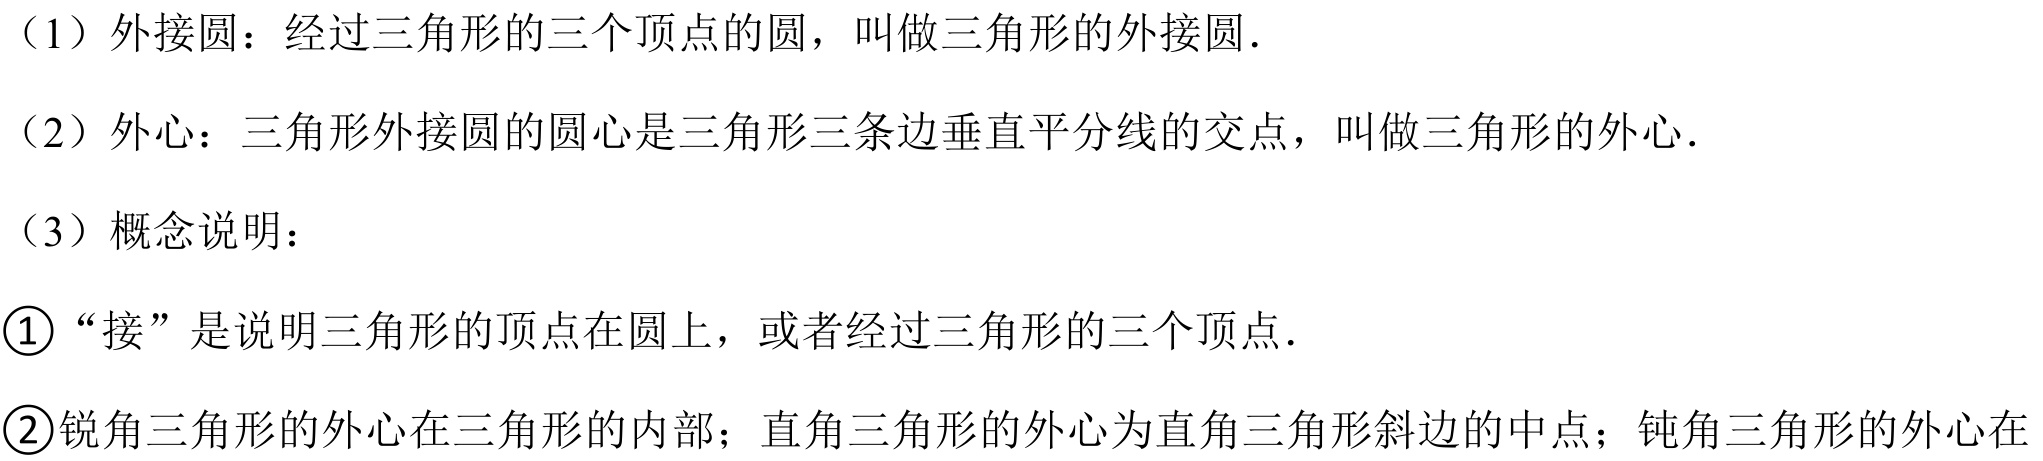
（1）外接圆：经过三角形的三个顶点的圆，叫做三角形的外接圆.
（2）外心：三角形外接圆的圆心是三角形三条边垂直平分线的交点，叫做三角形的外心.
（3）概念说明：
\textcircled{1}“接”是说明三角形的顶点在圆上，或者经过三角形的三个顶点.
\textcircled{2}锐角三角形的外心在三角形的内部；直角三角形的外心为直角三角形斜边的中点；钝角三角形的外心在